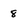
Character: 8